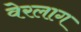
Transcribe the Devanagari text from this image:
वेरलाग